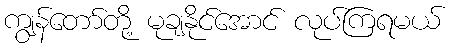
ကျွန်တော်တို့ မုချနိုင်အောင် လုပ်ကြရမယ်